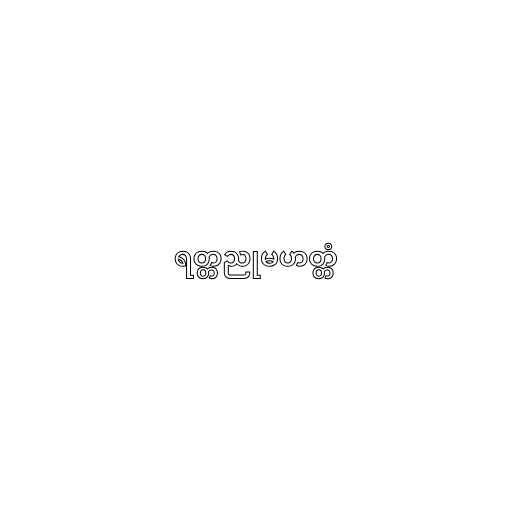
ရတ္တညုမဟတ္တံ